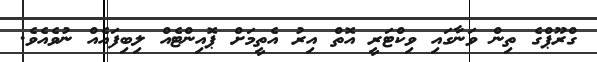
ގްރޫޕްގެ ތިން ވަނާގައި ވިކްޓަރީ އޮތް އިރު އެތީމަށް ޕޮއިންޓެއް ލިބިފައެއް ނުވެއެވެ.